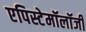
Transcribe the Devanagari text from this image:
एपिस्टेमॉलॉजी